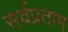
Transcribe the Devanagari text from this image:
सर्वप्रताम